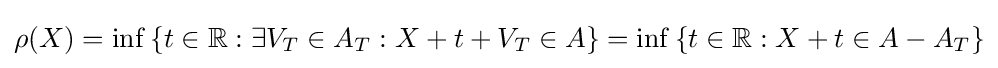
\rho (X)=\inf \left\{t\in \mathbb {R} :\exists V_{T}\in A_{T}:X+t+V_{T}\in A\right\}=\inf \left\{t\in \mathbb {R} :X+t\in A-A_{T}\right\}